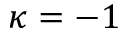
\kappa = - 1